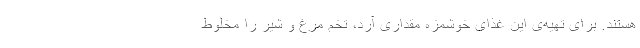
هستند. برای تهیه‌ی این غذای خوشمزه مقداری آرد، تخم مرغ و شیر را مخلوط